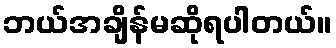
ဘယ်အချိန်မဆိုရပါတယ်။